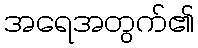
အရေအတွက်၏